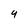
Character: 4